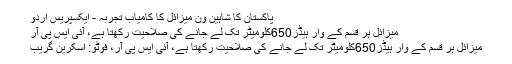
پاکستان کا شاہین ون میزائل کا کامیاب تجربہ - ایکسپریس اردو
میزائل ہر قسم کے وار ہیڈز650کلومیٹر تک لے جانے کی صلاحیت رکھتا ہے، آئی ایس پی آر
میزائل ہر قسم کے وار ہیڈز650کلومیٹر تک لے جانے کی صلاحیت رکھتا ہے، آئی ایس پی آر، فوٹو: اسکرین گریب